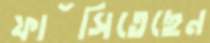
ফাঁসিতেছেন